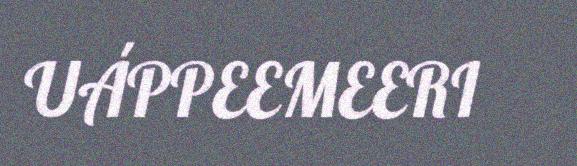
UÁPPEEMEERI